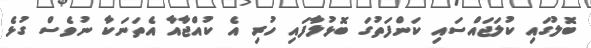
ބޮލުގައި ކުލަޖައްސައި ކަންފަތުގަ ބޮޅުލާފައި ހުރި އެ ކުއްޖާއާ އެތަނަކާ ނުވެސް ގުޅެ